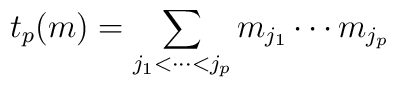
t_p(m) = \sum_{j_1 < \cdots < j_p} m_{j_1}\cdots m_{j_p}